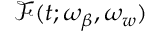
\mathcal { F } ( t ; \omega _ { \beta } , \omega _ { w } )